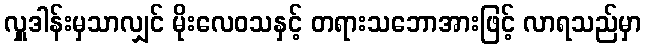
လှူဒါန်းမှသာလျှင် မိုးလေဝသနှင့် တရားသဘောအားဖြင့် လာရသည်မှာ